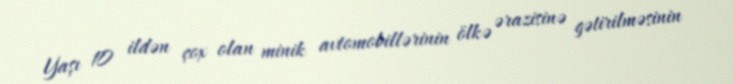
Yaşı 10 ildən çox olan minik avtomobillərinin ölkə ərazisinə gətirilməsinin